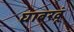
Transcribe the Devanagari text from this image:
घाबरवूं